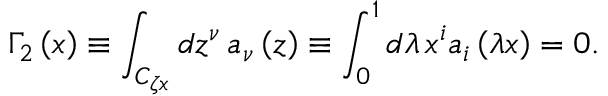
\Gamma _ { 2 } \left( x \right) \equiv \int _ { C _ { \zeta x } } { d z ^ { \nu } } \, a _ { \nu } \left( z \right) \equiv \int _ { 0 } ^ { 1 } { d \lambda \, x ^ { i } } a _ { i } \left( { \lambda x } \right) = 0 .